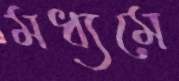
মধ্যমে